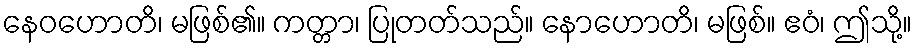
နေဝဟောတိ၊ မဖြစ်၏။ ကတ္တာ၊ ပြုတတ်သည်။ နောဟောတိ၊ မဖြစ်။ ဧဝံ၊ ဤသို့။